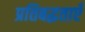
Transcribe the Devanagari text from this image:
प्रतिबद्धताएँ